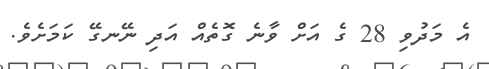
އެ މަދުވި 28 ގެ އަށް ވާނެ ގޮތެއް އަދި ނޭނގޭ ކަމަށެވެ.